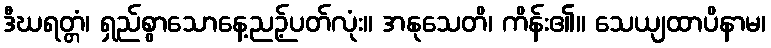
ဒီဃရတ္တံ၊ ရှည်စွာသောနေ့ညဉ့်ပတ်လုံး။ အနုသေတိ၊ ကိန်း၏။ သေယျထာပိနာမ၊